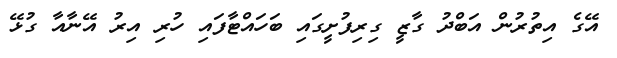
އޭގެ އިތުރުން އަބްދު ގާޒީ ގިރިފުށީގައި ބަހައްޓާފައި ހުރި އިރު އޭނާއާ ގުޅޭ